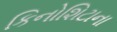
કિનોશિટાના